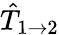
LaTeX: \hat{T}_{1\to 2}